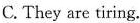
C. They are tiring.